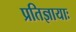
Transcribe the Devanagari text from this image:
प्रतिज्ञायाः